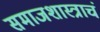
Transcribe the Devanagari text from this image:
समाजशास्त्राचं